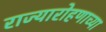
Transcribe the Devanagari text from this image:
राज्यारोहणाच्या